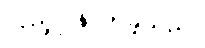
လှည့်ပြန်လာခဲ့သည်။